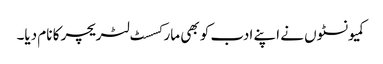
کمیونسٹوں نے اپنے ادب کو بھی مارکسسٹ لٹریچر کا نام دیا۔